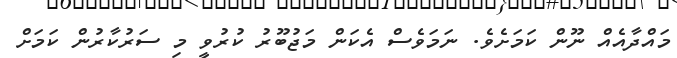
މައްދާއެއް ނޫން ކަމަށެވެ. ނަމަވެސް އެކަން މަޖުބޫރު ކުރުވީ މި ސަރުކާރުން ކަމަށް